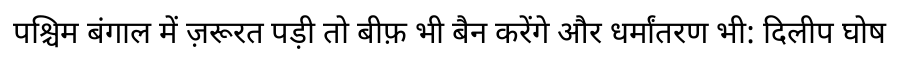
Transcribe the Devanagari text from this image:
पश्चिम बंगाल में ज़रूरत पड़ी तो बीफ़ भी बैन करेंगे और धर्मांतरण भी: दिलीप घोष